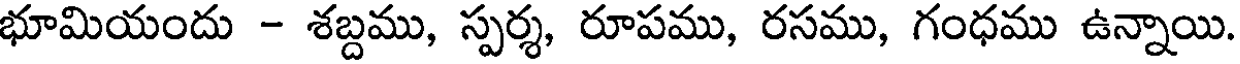
భూమియందు - శబ్దము, స్పర్శ, రూపము, రసము, గంధము ఉన్నాయి.